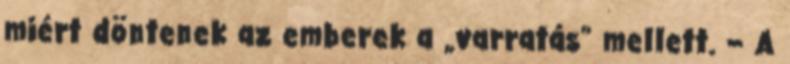
miért döntenek az emberek a „varratás” mellett. – A